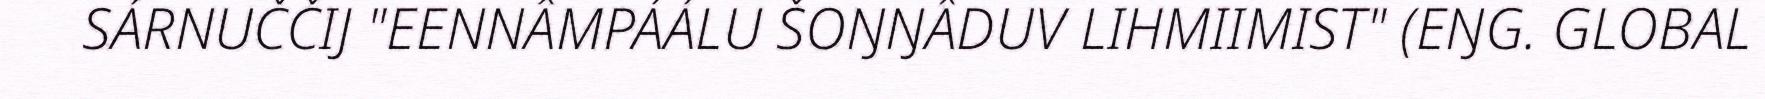
SÁRNUČČIJ "EENNÂMPÁÁLU ŠOŊŊÂDUV LIHMIIMIST" (EŊG. GLOBAL